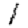
Digit: 1